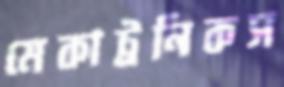
মেকাট্রনিকস